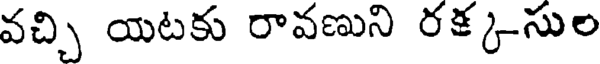
వచ్చి యటకు రావణుని రక్క-సుల